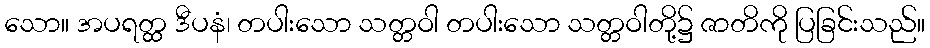
သော။ အပရတ္ထ ဒီပနံ၊ တပါးသော သတ္တဝါ တပါးသော သတ္တဝါတို့၌ ဇာတိကို ပြခြင်းသည်။